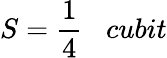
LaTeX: S={\frac{1}{4}}\; \; \; cubit